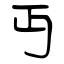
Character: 丏